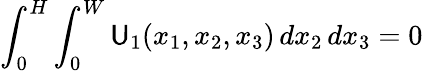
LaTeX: \displaystyle\int_{0}^{H}\int_{0}^{W}{\mathsf{U}_{1}}(x_{1},x_{2},x_{3})\, dx_{2}\, dx_{3}=0